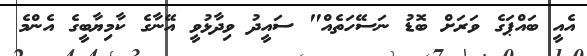
އެއީ ބައްޕަގެ ވަރަށް ބޮޑު ނަސޭހަތެއް" ސައީދު ވިދާޅުވީ އޭނާގެ ކާމިޔާބީގެ އެންމެ